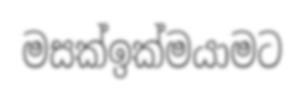
මසක්ඉක්මයාමට